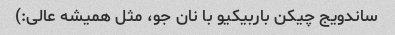
ساندویج چیکن باربیکیو با نان جو، مثل همیشه عالی:)